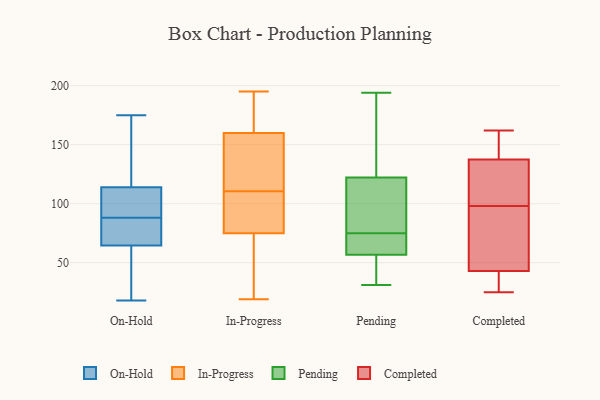
{"axis": {"x": "Headcount", "y": "Value"}, "legend": ["Completed", "In-Progress", "On-Hold", "Pending"], "data": [{"x": "", "y": 18, "type": "On-Hold"}, {"x": "", "y": 103, "type": "On-Hold"}, {"x": "", "y": 63, "type": "On-Hold"}, {"x": "", "y": 108, "type": "On-Hold"}, {"x": "", "y": 59, "type": "On-Hold"}, {"x": "", "y": 69, "type": "On-Hold"}, {"x": "", "y": 116, "type": "On-Hold"}, {"x": "", "y": 125, "type": "On-Hold"}, {"x": "", "y": 175, "type": "On-Hold"}, {"x": "", "y": 88, "type": "On-Hold"}, {"x": "", "y": 77, "type": "On-Hold"}, {"x": "", "y": 177, "type": "In-Progress"}, {"x": "", "y": 183, "type": "In-Progress"}, {"x": "", "y": 153, "type": "In-Progress"}, {"x": "", "y": 160, "type": "In-Progress"}, {"x": "", "y": 59, "type": "In-Progress"}, {"x": "", "y": 94, "type": "In-Progress"}, {"x": "", "y": 113, "type": "In-Progress"}, {"x": "", "y": 19, "type": "In-Progress"}, {"x": "", "y": 107, "type": "In-Progress"}, {"x": "", "y": 153, "type": "In-Progress"}, {"x": "", "y": 108, "type": "In-Progress"}, {"x": "", "y": 195, "type": "In-Progress"}, {"x": "", "y": 75, "type": "In-Progress"}, {"x": "", "y": 181, "type": "In-Progress"}, {"x": "", "y": 68, "type": "In-Progress"}, {"x": "", "y": 140, "type": "In-Progress"}, {"x": "", "y": 57, "type": "In-Progress"}, {"x": "", "y": 105, "type": "In-Progress"}, {"x": "", "y": 92, "type": "Pending"}, {"x": "", "y": 194, "type": "Pending"}, {"x": "", "y": 59, "type": "Pending"}, {"x": "", "y": 41, "type": "Pending"}, {"x": "", "y": 75, "type": "Pending"}, {"x": "", "y": 69, "type": "Pending"}, {"x": "", "y": 193, "type": "Pending"}, {"x": "", "y": 67, "type": "Pending"}, {"x": "", "y": 107, "type": "Pending"}, {"x": "", "y": 31, "type": "Pending"}, {"x": "", "y": 50, "type": "Pending"}, {"x": "", "y": 44, "type": "Pending"}, {"x": "", "y": 100, "type": "Pending"}, {"x": "", "y": 70, "type": "Pending"}, {"x": "", "y": 87, "type": "Pending"}, {"x": "", "y": 168, "type": "Pending"}, {"x": "", "y": 170, "type": "Pending"}, {"x": "", "y": 132, "type": "Completed"}, {"x": "", "y": 72, "type": "Completed"}, {"x": "", "y": 109, "type": "Completed"}, {"x": "", "y": 25, "type": "Completed"}, {"x": "", "y": 157, "type": "Completed"}, {"x": "", "y": 143, "type": "Completed"}, {"x": "", "y": 37, "type": "Completed"}, {"x": "", "y": 87, "type": "Completed"}, {"x": "", "y": 45, "type": "Completed"}, {"x": "", "y": 41, "type": "Completed"}, {"x": "", "y": 162, "type": "Completed"}, {"x": "", "y": 112, "type": "Completed"}]}